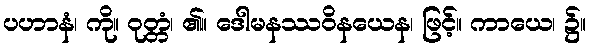
ပဟာနံ၊ ကို။ ဝုတ္တံ၊ ၏။ ဒေါမနဿဝိနယေန၊ ဖြင့်။ ကာယေ၊ ၌။